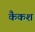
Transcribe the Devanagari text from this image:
कैकश